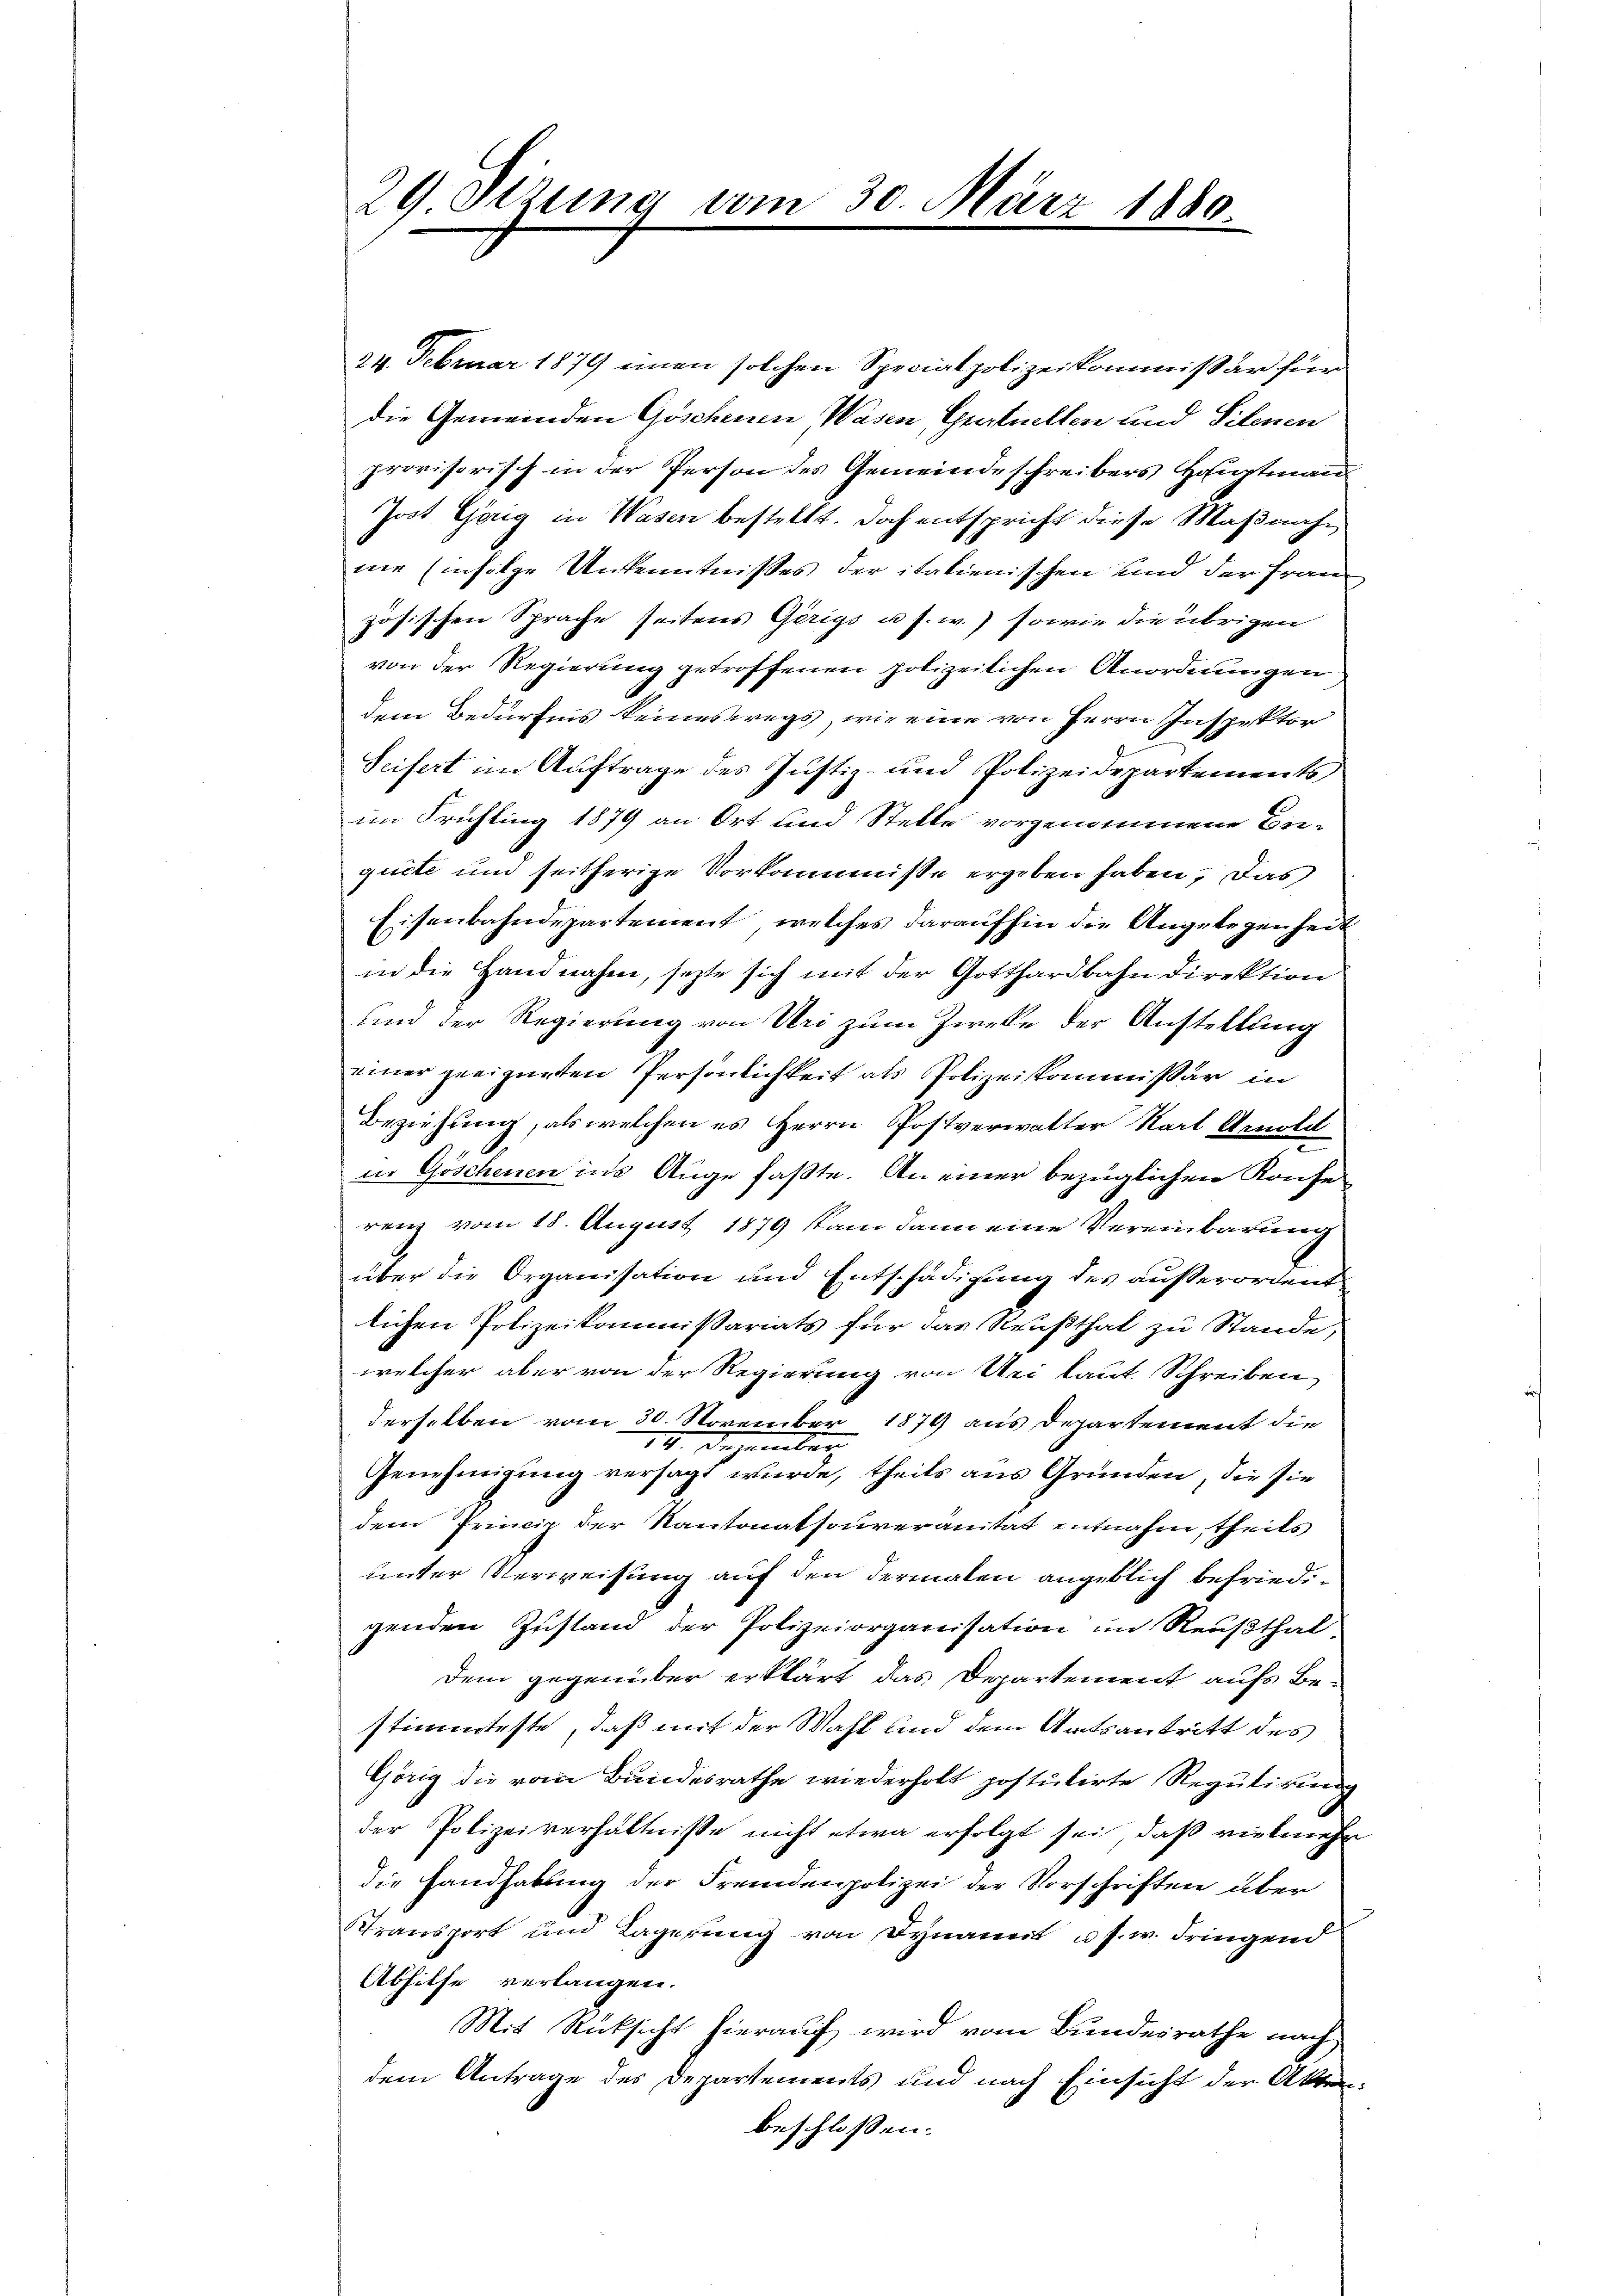
29 Dizung vom 30. März 1880

24. Februar 1879 einen solchen Specialpolizeikommißär für
die Gemeinden Göschenen Wasen, Gratuellen und Silenen
provisorisch in der Person des Gemeindeschreibers Hauptmann
Jost Görig in Wasen bestellt. Doch entspricht diese Maßnahine Einfolge Unkenntnisses der italienischen und der Franz
zösischen Sprache seitens Gerigs u. s. w.) sowie die übrigen
von der Regierung getroffenen polizeilichen Anordnungen
dem Bedürfnis keineswegs, wie eine von Herrn Inspektor
Seifert im Auftrage des Justiz- und Polizeidepartements
im Frühling 1879 an Ort und Stelle vorgenommene Enquite und seitherige Vorkommisse ergeben haben, das
Eisenbahndepartement, welches daraufhin die Angelegenheit
in die Handnahm, setzte sich mit der Gotthardbahn direktion
und der Regierung von Uri zum Zwecke der Anstellung
einer geeigneten Persönlichkeit als Polizeiskommissär in
Beziehung, als welchen es Herrn Postverwalter Karl Arnold
e
in Göschenen ins Auge faßte. An einer bezüglichen Konferenz vom 18. August 1879 kam dann eine Vereinbarung
über die Organisation und Entschädigung des außerordent
lichen Polizeikommißariats für das Reußthal zu Stande,
welcher aber von der Regierung von Uri laut. Schreiben
derselben vom 30. November 1879 aus Departement die
14. Dezember
Genehmigung versagt wurde, theils aus Gründen, die sie
dem Princip der Kantonatsouveranität entnahm, theils
unter Verweisung auf den dermalen angeblich befriedigenden Zustand der Polizeiorganisation im Reußthal-
dem gegenüber erklärt das Departement aufs Bestimmteste, daß mit der Wahl und dem Amtsantritt des
Görig die vom Bundesrathe wiederholt postulirte Regulirung
der Polizeiverhältnisse nicht etwa erfolgt sei, daß vielmehr
die Handhabung der Fremdenpolizei der Vorschriften über
Stransport und Lagerung von Dynannt u. s. w. dringend
Abhilfe verlangen.
Mit Rücksicht hierauf, wird vom Bundesrathe nach
dem Antrage des Departements und nach Einsicht der Akten:
beschlossen: